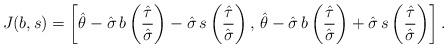
LaTeX: \begin{align*}J(b, s)= \left [ \hat{\theta} - \hat{\sigma} \, b \left(\frac{\hat{\tau}}{\hat{\sigma}} \right)- \hat{\sigma} \, s \left(\frac{\hat{\tau}}{\hat{\sigma}} \right), \,\hat{\theta} - \hat{\sigma} \, b \left(\frac{\hat{\tau}}{\hat{\sigma}} \right)+ \hat{\sigma} \, s \left(\frac{\hat{\tau}}{\hat{\sigma}} \right) \right ].\end{align*}